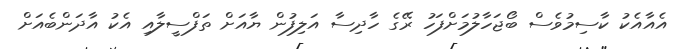
އެއާއެކު ކާސިމުވެސް ބޯޖަހާލުމަށްފަހު ރޭގެ ހާދިސާ އަލިފުން ޔާއަށް ތަފްސީލާއި އެކު އާދަންބެއަށް